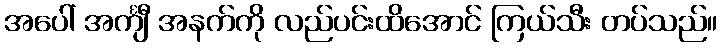
အပေါ် အင်္ကျီ အနက်ကို လည်ပင်းထိအောင် ကြယ်သီး တပ်သည်။